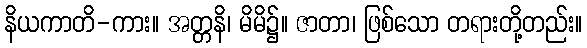
နိယကာတိ-ကား။ အတ္တနိ၊ မိမိ၌။ ဇာတာ၊ ဖြစ်သော တရားတို့တည်း။